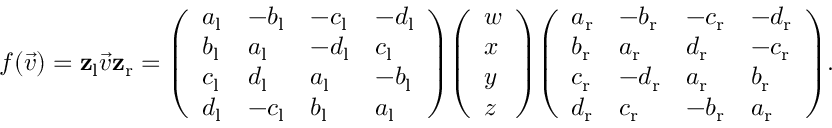
f ( { \vec { v } } ) = \mathbf { z } _ { \mathrm { { l } } } { \vec { v } } \mathbf { z } _ { \mathrm { { r } } } = { \left( \begin{array} { l l l l } { a _ { \mathrm { { l } } } } & { - b _ { \mathrm { { l } } } } & { - c _ { \mathrm { { l } } } } & { - d _ { \mathrm { { l } } } } \\ { b _ { \mathrm { { l } } } } & { a _ { \mathrm { { l } } } } & { - d _ { \mathrm { { l } } } } & { c _ { \mathrm { { l } } } } \\ { c _ { \mathrm { { l } } } } & { d _ { \mathrm { { l } } } } & { a _ { \mathrm { { l } } } } & { - b _ { \mathrm { { l } } } } \\ { d _ { \mathrm { { l } } } } & { - c _ { \mathrm { { l } } } } & { b _ { \mathrm { { l } } } } & { a _ { \mathrm { { l } } } } \end{array} \right) } { \left( \begin{array} { l } { w } \\ { x } \\ { y } \\ { z } \end{array} \right) } { \left( \begin{array} { l l l l } { a _ { \mathrm { { r } } } } & { - b _ { \mathrm { { r } } } } & { - c _ { \mathrm { { r } } } } & { - d _ { \mathrm { { r } } } } \\ { b _ { \mathrm { { r } } } } & { a _ { \mathrm { { r } } } } & { d _ { \mathrm { { r } } } } & { - c _ { \mathrm { { r } } } } \\ { c _ { \mathrm { { r } } } } & { - d _ { \mathrm { { r } } } } & { a _ { \mathrm { { r } } } } & { b _ { \mathrm { { r } } } } \\ { d _ { \mathrm { { r } } } } & { c _ { \mathrm { { r } } } } & { - b _ { \mathrm { { r } } } } & { a _ { \mathrm { { r } } } } \end{array} \right) } .